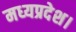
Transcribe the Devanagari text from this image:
मध्‍यप्रदेश।